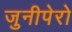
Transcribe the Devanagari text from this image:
जुनीपेरो